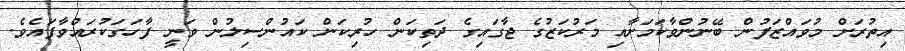
އިތުރަށް މުވައްޒަފުން ބޭނުންވާކަމަށާއި މަރުކަޒުގެ ޖާގައިގެ ދަތިކަން ހުރިކަން ކައުންސިލުން ވަނީ ފާހަގަކުރައްވާފައެވެ.